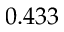
0 . 4 3 3